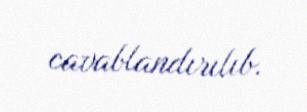
cavablandırılıb.